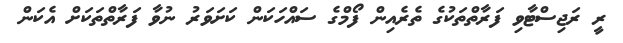
ރީ ރަޖިސްޓާވި ފަރާތްތަކުގެ ތެރެއިން ފޯމްގެ ސައްހަަކަން ކަށަވަރު ނުވާ ފަރާތްތަކަށް އެކަން